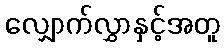
လျှောက်လွှာနှင့်အတူ